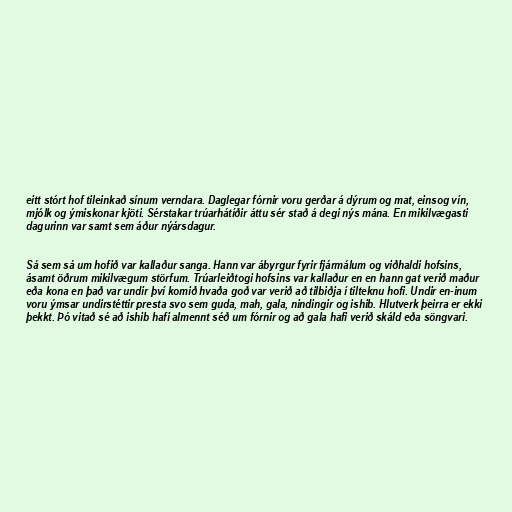
eitt stórt hof tileinkað sínum verndara. Daglegar fórnir voru gerðar á dýrum og mat, einsog vín,
mjólk og ýmiskonar kjöti. Sérstakar trúarhátíðir áttu sér stað á degi nýs mána. En mikilvægasti
dagurinn var samt sem áður nýársdagur.

Sá sem sá um hofið var kallaður sanga. Hann var ábyrgur fyrir fjármálum og viðhaldi hofsins,
ásamt öðrum mikilvægum störfum. Trúarleiðtogi hofsins var kallaður en en hann gat verið maður
eða kona en það var undir því komið hvaða goð var verið að tilbiðja í tilteknu hofi. Undir en-inum
voru ýmsar undirstéttir presta svo sem guda, mah, gala, nindingir og ishib. Hlutverk þeirra er ekki
þekkt. Þó vitað sé að ishib hafi almennt séð um fórnir og að gala hafi verið skáld eða söngvari.